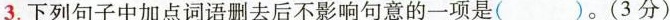
3.下列句子中加点词语删去后不影响句意的一项是( )。(3分)